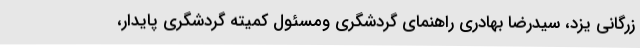
زرگانی یزد، سیدرضا بهادری راهنمای گردشگری ومسئول کمیته گردشگری پایدار،